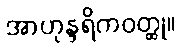
အာဟုန္ဒရိကဝတ္ထု။